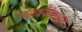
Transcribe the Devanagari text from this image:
फ्लुक्सोटाइन